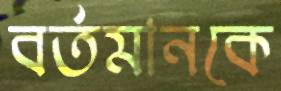
বর্তমানকে